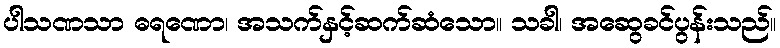
ပါသဏသာ ဓရဏော၊ အသက်နှင့်ဆက်ဆံသော။ သခါ၊ အဆွေခင်ပွန်းသည်။